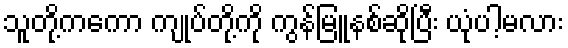
သူတို့ကကော ကျုပ်တို့ကို ကွန်မြူနစ်ဆိုပြီး ယုံပါ့မလား